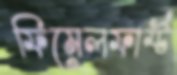
ফিমেলফার্স্ট